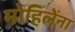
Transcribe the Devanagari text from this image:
मोहिलेंना